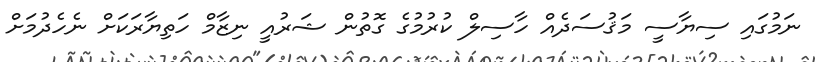
ނަމުގައި ސިޔާސީ މަޤުސަދެއް ހާސިލް ކުރުމުގެ ގޮތުން ޝަރުއީ ނިޒާމް ހަތިޔާރަކަށް ނެހެދުމަށް